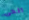
الحى